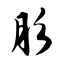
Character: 肜